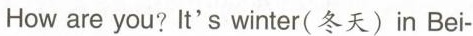
How are you? It's winter(冬天)in Bei-